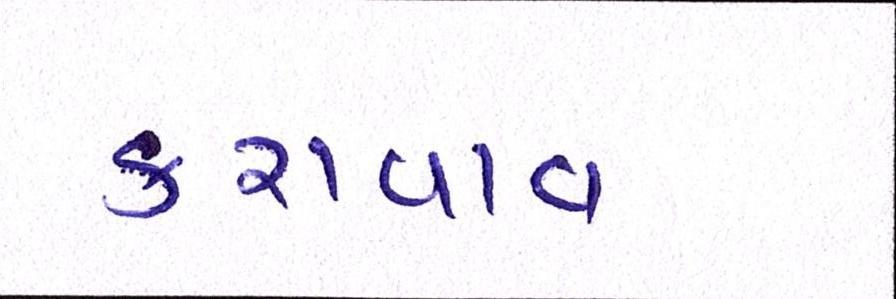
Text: કરાવાવ